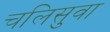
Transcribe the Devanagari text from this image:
चलिसुवा